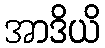
အာဒိယိ